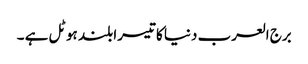
برج العرب دنیا کا تیسرا بلند ہوٹل ہے ۔